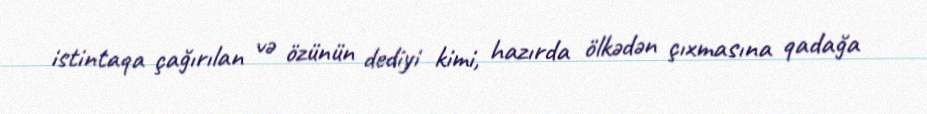
istintaqa çağırılan və özünün dediyi kimi, hazırda ölkədən çıxmasına qadağa